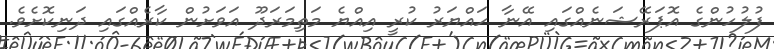
ފުލުހުންގެ އޮޕަރޭޝަނެއްގައި އޭނާ ހައްޔަރު ކުރީ އިއްޔެ މަތިމަރަދޫ އަވަށުން ކާރެއްގައި ދަނިކޮށެވެ.